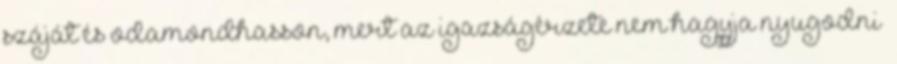
száját és odamondhasson, mert az igazságérzete nem hagyja nyugodni